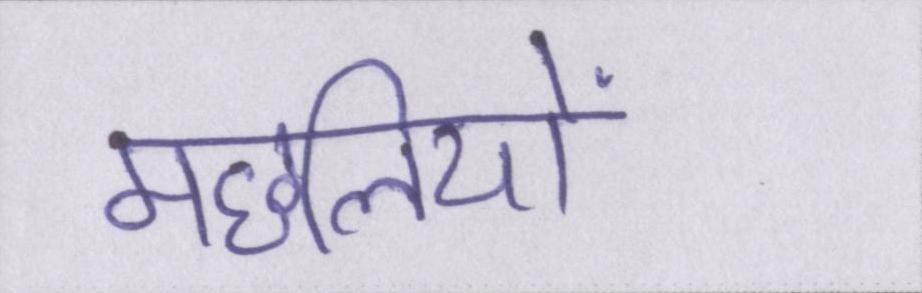
मछलियों